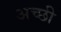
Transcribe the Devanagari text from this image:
अच्छी